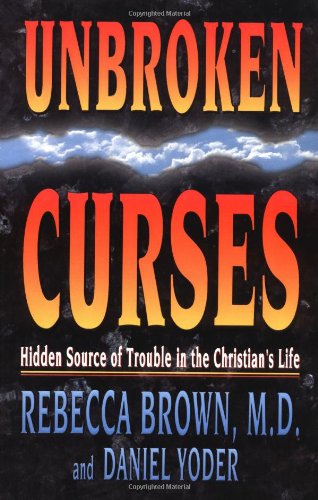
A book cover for Unbroken Curses; Rebecca Brown; Religion & Spirituality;